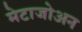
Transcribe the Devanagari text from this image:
मेटाजोअन